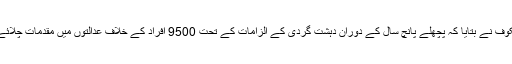
بورٹنیکوف نے بتایا کہ پچھلے پانچ سال کے دوران دہشت گردی کے الزامات کے تحت 9500 افراد کے خلاف عدالتوں میں مقدمات چلائے گئے۔